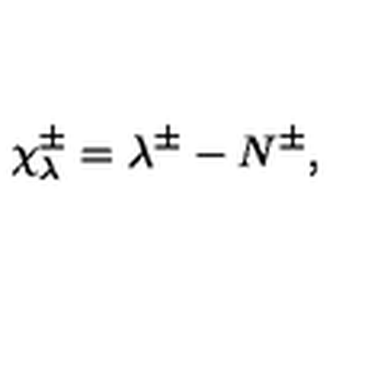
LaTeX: { \chi } _ { \lambda } ^ { \pm } = \lambda ^ { \pm } - N ^ { \pm } ,